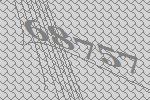
68757